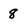
Character: 8